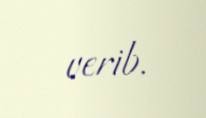
verib.